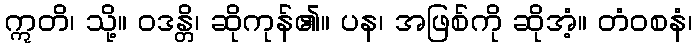
ဣတိ၊ သို့။ ဝဒန္တိ၊ ဆိုကုန်၏။ ပန၊ အဖြစ်ကို ဆိုအံ့။ တံဝစနံ၊